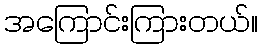
အကြောင်းကြားတယ်။